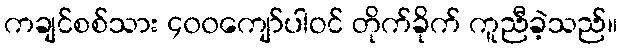
ကချင်စစ်သား ၄၀၀ကျော်ပါဝင် တိုက်ခိုက် ကူညီခဲ့သည်။